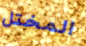
المختل